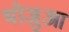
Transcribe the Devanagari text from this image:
भोजुआ